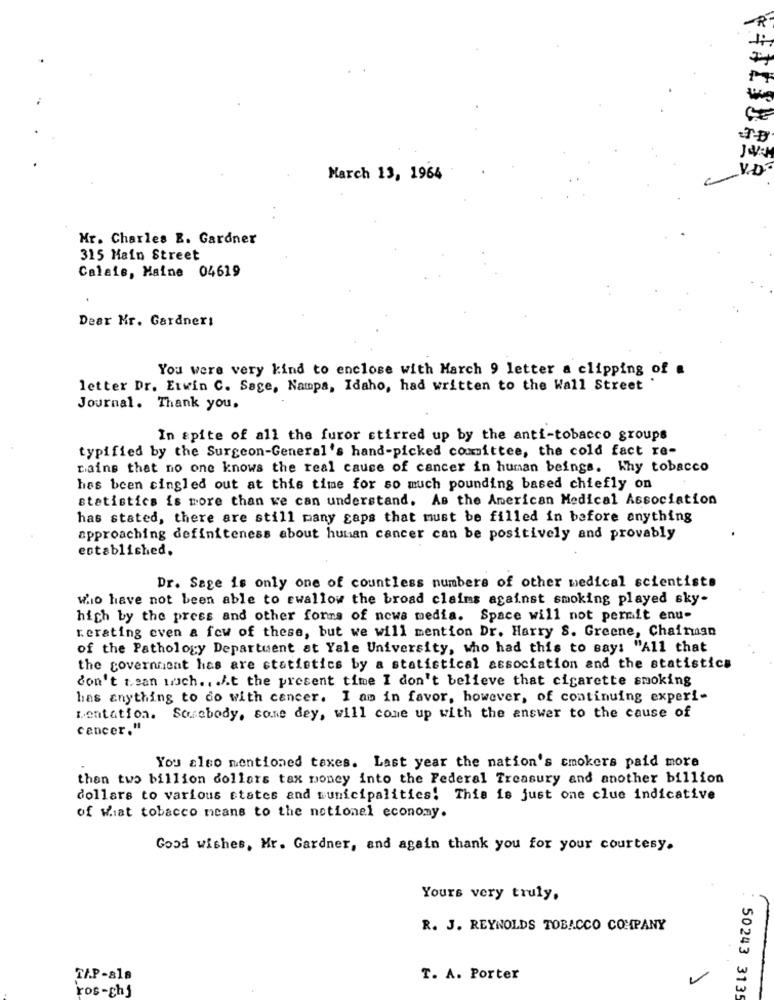
R
March 13, 1964
Mr. Charles E. Gardner
315 Main Street
Calais, Maine 04619
Dear Mr. Gardner:
You were very kind to enclose with March 9 letter a clipping of #
letter Dr. Etwin C. Sage, Nampa, Idaho, had written to the Wall Street
Journal. Thank you.
In spite of all the furor stirred up by the anti-tobacco groups
typified by the Surgeon-General's hand-picked committee, the cold fact re-
nains that no one knows the real cause of cancer in human beings. Why tobacco
has been cingled out at this time for so much pounding based chiefly on
statistics is more than we can understand. As the American Medical Association
has stated, there are still many gaps that must be filled in before anything
approaching definiteness about hunan cancer can be positively and provably
established.
Dr. Sage is only one of countless numbers of other medical scientists
wio have not been able to swallow the broad claims against smoking played sky-
high by the press and other forms of news media. Space will not permit enu-
rerating even a few of these, but we will mention Dr. Harry S. Greene, Chairman
of the Pathology Department at Yale University, who had this to says "All that
the Government has are statistics by a statistical association and the statistics
don't t.san wuch .. . A.t the present time I don't believe that cigarette smoking
has anything to do with cancer. I am in favor, however, of continuing experi-
tentation. Somebody, some dey, will come up with the answer to the cause of
cancer."
You also mentioned taxes. Last year the nation's smokers paid more
than two billion dollars tax money into the Federal Treasury and another billion
dollars to various states and municipalities! This is just one clue indicative
of wiat tobacco means to the notionel economy.
Good wishes, Mr. Gardner, and again thank you for your courtesy.
Yours very truly.
R. J. REYNOLDS TOBACCO COMPANY
TA.P-als
T. A. Porter
ros-ghj
50243 3135